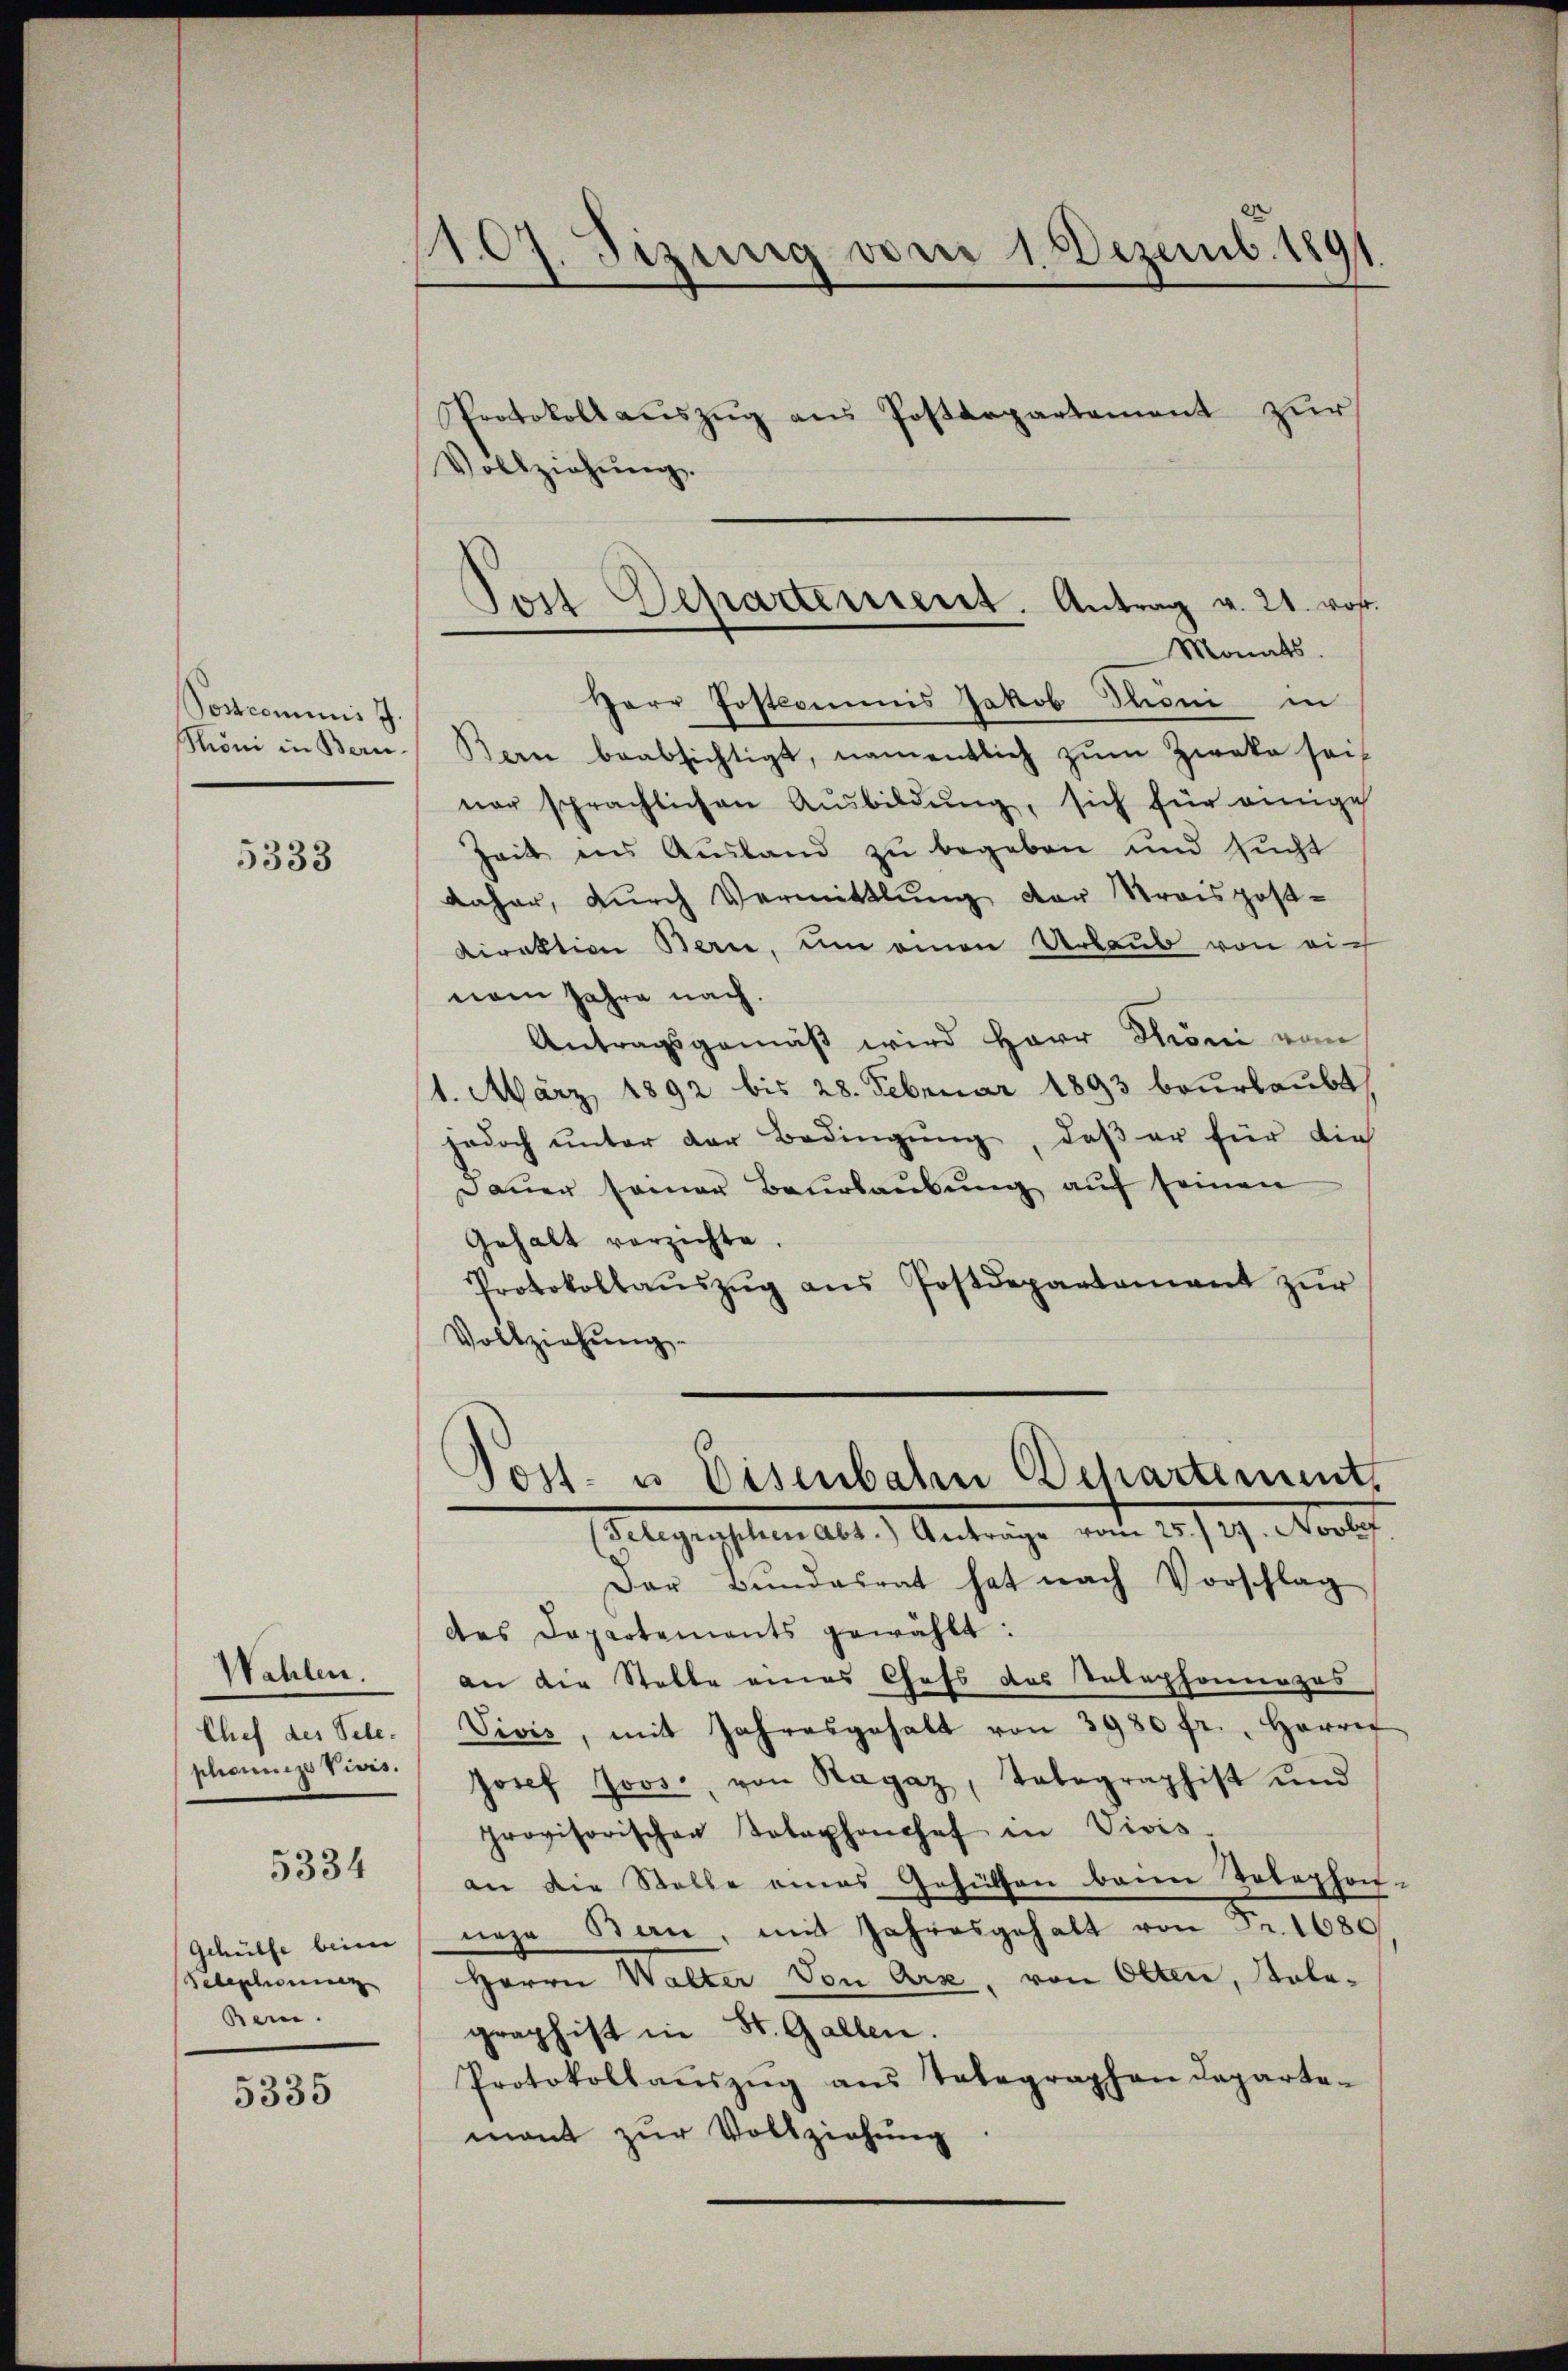
Postcommis J.
Moni in Bern-

5333

Wahlen.
Chef des Tele-
phiunizs Vivis.

5334

Gehülfe beim
Pebeschonung
Bein.

5335

107. Sizung vom 1. Dezemb. 1891
Protokollauszug aus Postdepartement zur
Vollziehŭng.

Perr Postcommis Jakob Thoni in
Bern beabsichtigt, namentlich zŭm Zweke sei
ner sprachlichen Ausbildŭng, sich für einige
Zeit ins Ausland zu begeben und sucht
daher, dŭrch Vermittlung der Kraispost-
direktion Bern, um einen Urlaub von dich
nem Jahre nach.
Antragsgemäß wird Herr Throni vom
1. März 1892 bis 28. Februar 1893 beurlaubt
jedoch ŭnter der Bedingŭng, daβ er für die
Daŭer samer Baŭrlaŭbŭng aŭf seinen
Gehalt verzichte.
Protokollaŭszŭg ans Postdepartement zŭr
Vollziehŭng
Post- u. Eisenbahn Departement,
(Telegraphen Abt.) Anträge vom 25./29. Novbef
Der Bundesrat hat nach Vorschlag
des Departements gewählt:
an die Stelle eines Chefs des Telephonapos
Vivis, mit Jahresgehalt von 3980 fr., Herrer
Josef Joos., von Ragaz, Tolographist und
provisorischen Telephonchef in Vivis
an die Stelle eines Gehülfen beim Telephon
neze Ban, mit Jahresgehalt von Fr. 1680
Herrn Walter Von Arx, von Olten, Solegraphist in St. Gallen.
Protokollaŭszŭg ans Telegraphen departe-
mant zur Vollziehung

Toil Departement. Antrag v. 21. vor.
Monats.